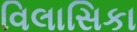
વિલાસિકા